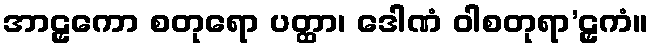
အာဠှကော စတုရော ပတ္ထာ၊ ဒေါဏံ ဝါစတုရာ’ဠှကံ။